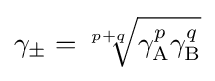
\gamma _{\pm }={\sqrt[{p+q}]{\gamma _{\mathrm {A} }^{p}\gamma _{\mathrm {B} }^{q}}}